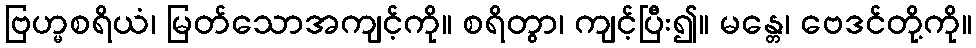
ဗြဟ္မစရိယံ၊ မြတ်သောအကျင့်ကို။ စရိတွာ၊ ကျင့်ပြီး၍။ မန္တေ၊ ဗေဒင်တို့ကို။